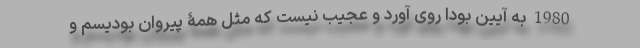
1980 به آیین بودا روی آورد و عجیب نیست که مثل همۀ پیروان بودیسم و